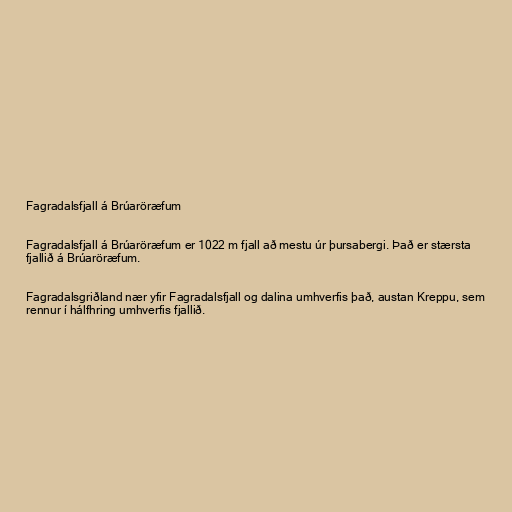
Fagradalsfjall á Brúaröræfum

Fagradalsfjall á Brúaröræfum er 1022 m fjall að mestu úr þursabergi. Það er stærsta
fjallið á Brúaröræfum.

Fagradalsgriðland nær yfir Fagradalsfjall og dalina umhverfis það, austan Kreppu, sem
rennur í hálfhring umhverfis fjallið.